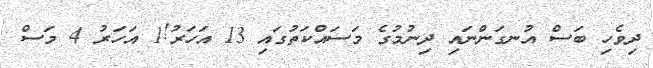
ދިވެހި ބަސް އުނގަންނައި ދިނުމުގެ މަސައްކަތުގައި 13 އަހަރު!1 އަހަރު 4 މަސް